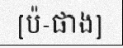
[ប៉-ផាង]